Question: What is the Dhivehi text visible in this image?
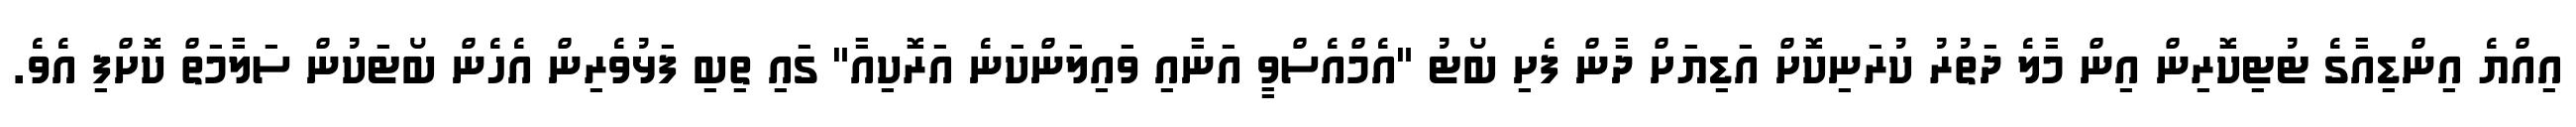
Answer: އިއްޔެ އިންޑިއާގެ ޓުޓިކޮރިން އިން މާލެ ދަތުރު ކުރަނިކޮށް އަޑިޔަށް ދާން ފެށި ބޯޓު "އެމްއެސްވީ އަނާއި ވައިލަންކަނެ އަރޮކިއާ" ގައި ތިބި ފަޅުވެރިން އެހެން ބޯޓަކުން ސަލާމަތް ކޮށްފި އެވެ.